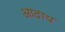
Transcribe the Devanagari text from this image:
आदाय